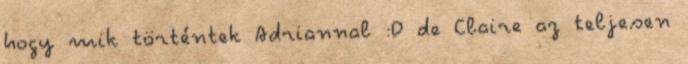
hogy mik történtek Adriannal :D de Claire az teljesen